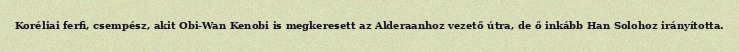
Koréliai ferfi, csempész, akit Obi-Wan Kenobi is megkeresett az Alderaanhoz vezető útra, de ő inkább Han Solohoz irányította.